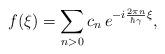
LaTeX: \begin{align*}f(\xi)=\sum_{n>0} c_n \,e^{-i\frac{2\pi n}{\hbar\gamma}\xi},\end{align*}